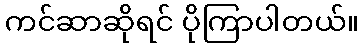
ကင်ဆာဆိုရင် ပိုကြာပါတယ်။